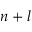
n + l